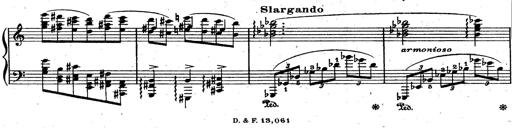
Title: God Save the Queen
Composer: Charles LÃ©on Hess
Key: A major